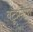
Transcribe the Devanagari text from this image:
बटूप्रमाणे